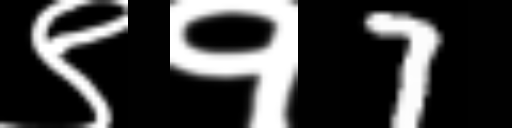
Text: ९१7